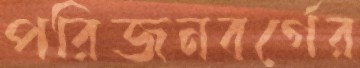
পরিজনবর্গের